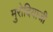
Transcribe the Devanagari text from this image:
मुरोदियाजी